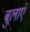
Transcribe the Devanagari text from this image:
बुलाएं